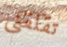
تقلقني